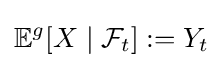
\mathbb {E} ^{g}[X\mid {\mathcal {F}}_{t}]:=Y_{t}